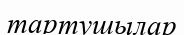
тартушылар